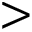
>